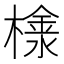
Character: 𣛞